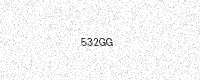
Text: 532GG